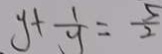
y + \frac { 1 } { y } = \frac { 5 } { 2 }